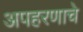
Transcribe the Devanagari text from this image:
अपहरणाचे